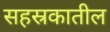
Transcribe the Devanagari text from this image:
सहस्रकातील